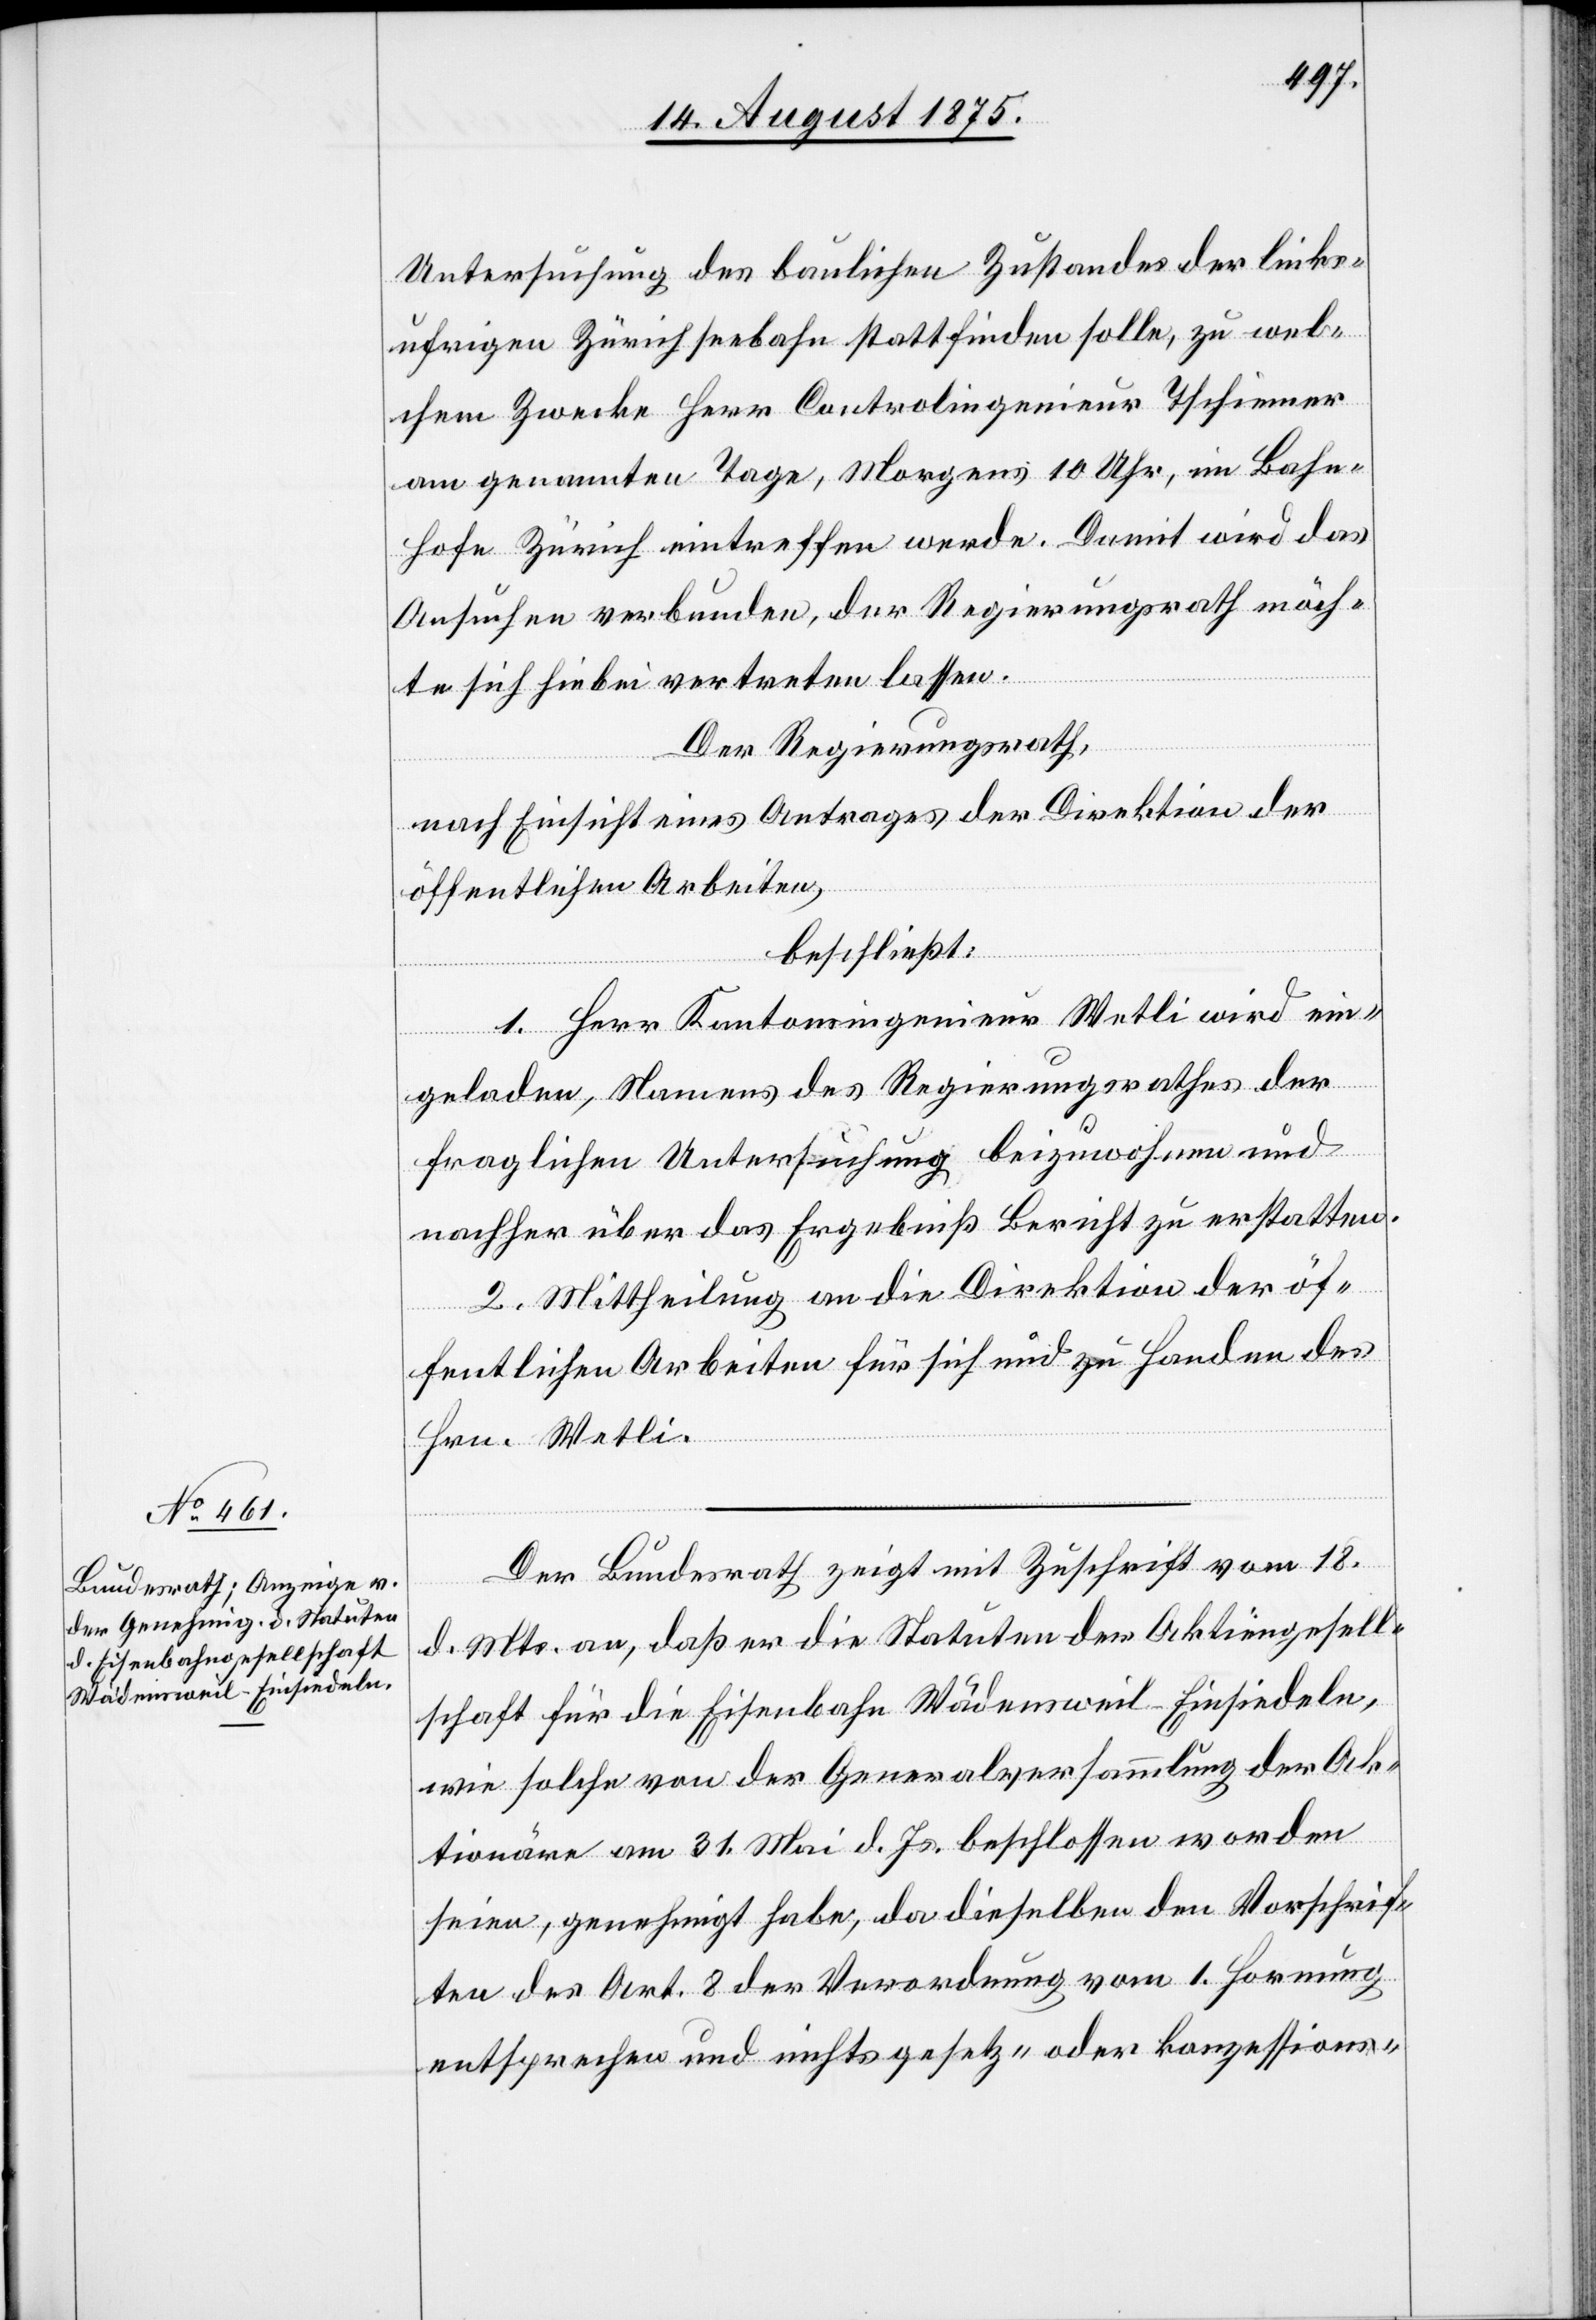
20. August 1875.]
Untersuchung des baulichen Zustandes der links¬
ufrigen Zürichseebahn stattfinden solle, zu wel¬
chem Zwecke Herr Controlingenieur Tschiemer
am genannten Tage, Morgens 10 Uhr, im Bahn¬
hof Zürich eintreffen werde. Damit wird das
Ansuchen verbunden, der Regierungsrath möch¬
te sich hiebei vertreten lassen.
Der Regierungsrath,
nach Einsicht eines Antrages der Direktion der
öffentlichen Arbeiten,
beschließt:
1. Herr Kantonsingenieur Wetli wird ein¬
geladen, Namens des Regierungsrathes der
fraglichen Untersuchung beizuwohnen und
nachher über das Ergebniß Bericht zu erstatten.
2. Mittheilung an die Direktion der öf¬
fentlichen Arbeiten für sich und zu Handen des
Hrn. Wetli.
Der Bundesrath zeigt mit Zuschrift vom 18.
d. Mts. an, daß er die Statuten der Aktiengesell¬
schaft für die Eisenbahn Wädensweil–Einsiedeln,
wie solche von der Generalversammlung der Ak¬
tionäre am 31. Mai d. Js. beschlossen worden
seien, genehmigt habe, da dieselben den Vorschrif¬
ten des Art. 8 der Verordnung vom 1. Hornung
entsprechen und nichts gesetz- oder konzessions-